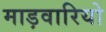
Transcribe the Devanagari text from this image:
माड़वारियो